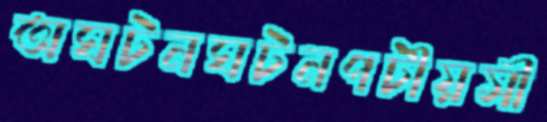
অঘটনঘটনপটীয়সী